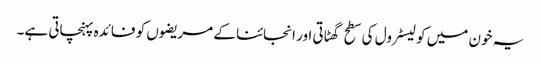
یہ خون میں کولیسٹرول کی سطح گھٹاتی اور انجائنا کے مریضوں کو فائدہ پہنچاتی ہے۔